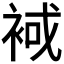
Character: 𧚑